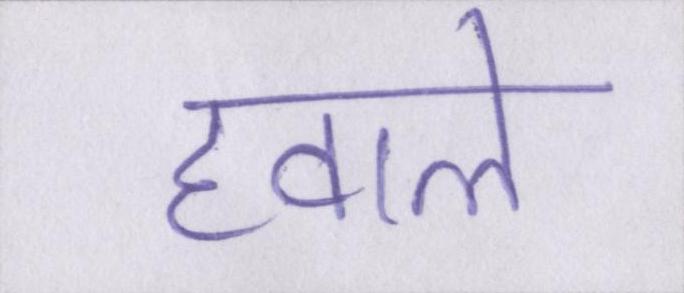
हवाले